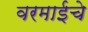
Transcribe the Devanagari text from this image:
वरमाईचे